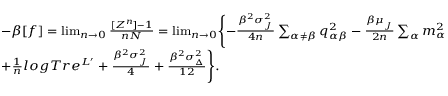
{ \footnotesize \begin{array} { r l } & { - \beta [ f ] = \operatorname* { l i m } _ { n \rightarrow 0 } \frac { [ Z ^ { n } ] - 1 } { n N } = \operatorname* { l i m } _ { n \rightarrow 0 } \Biggl \{ - \frac { \beta ^ { 2 } \sigma _ { _ { J } } ^ { 2 } } { 4 n } \sum _ { \alpha \neq \beta } q _ { \alpha \beta } ^ { 2 } - \frac { \beta \mu _ { _ { J } } } { 2 n } \sum _ { \alpha } m _ { \alpha } ^ { 2 } } \\ & { + \frac { 1 } { n } l o g T r e ^ { L ^ { \prime } } + \frac { \beta ^ { 2 } \sigma _ { _ { J } } ^ { 2 } } { 4 } + \frac { \beta ^ { 2 } \sigma _ { _ { \Delta } } ^ { 2 } } { 1 2 } \Biggr \} . } \end{array} }